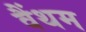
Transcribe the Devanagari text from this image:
वैंथम